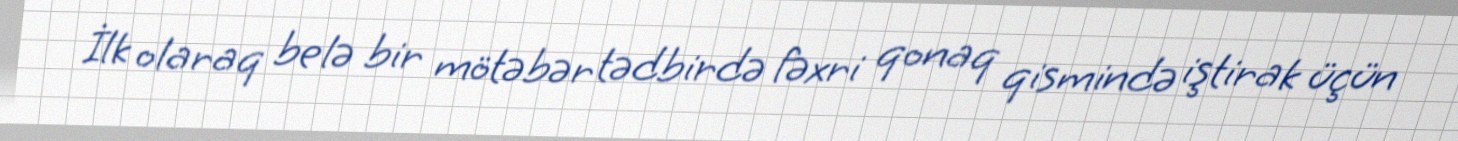
İlk olaraq belə bir mötəbər tədbirdə fəxri qonaq qismində iştirak üçün